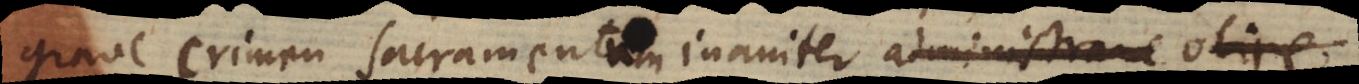
grave crimen sacramentum inaniter administrare obir